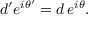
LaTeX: d ^ { \prime } e ^ { i \theta ^ { \prime } } = d \, e ^ { i \theta } .